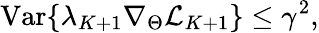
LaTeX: \mathrm{Var}\{ \lambda_{K+1}\nabla_{\Theta}\mathcal{L}_{K+1}\} \le\gamma^{2},